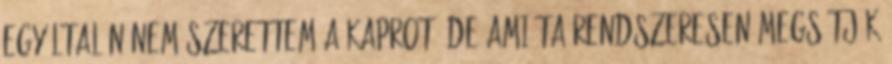
egyáltalán nem szerettem a kaprot, de amióta rendszeresen megsütjük